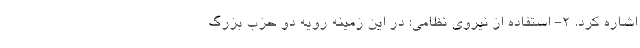
اشاره کرد. 2- استفاده از نیروی نظامی: در این زمینه رویه دو حزب بزرگ